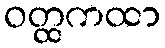
ဝတ္ထကထာ